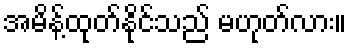
အမိန့်ထုတ်နိုင်သည် မဟုတ်လား။